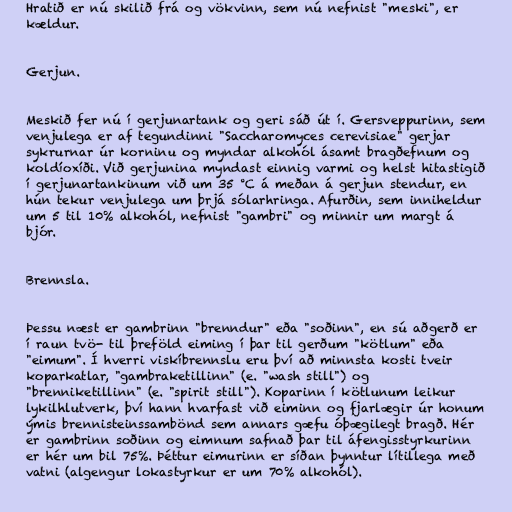
Hratið er nú skilið frá og vökvinn, sem nú nefnist "meski", er
kældur.

Gerjun.

Meskið fer nú í gerjunartank og geri sáð út í. Gersveppurinn, sem
venjulega er af tegundinni "Saccharomyces cerevisiae" gerjar
sykrurnar úr korninu og myndar alkohól ásamt bragðefnum og
koldíoxíði. Við gerjunina myndast einnig varmi og helst hitastigið
í gerjunartankinum við um 35 °C á meðan á gerjun stendur, en
hún tekur venjulega um þrjá sólarhringa. Afurðin, sem inniheldur
um 5 til 10% alkohól, nefnist "gambri" og minnir um margt á
bjór.

Brennsla.

Þessu næst er gambrinn "brenndur" eða "soðinn", en sú aðgerð er
í raun tvö- til þreföld eiming í þar til gerðum "kötlum" eða
"eimum". Í hverri viskíbrennslu eru því að minnsta kosti tveir
koparkatlar, "gambraketillinn" (e. "wash still") og
"brenniketillinn" (e. "spirit still"). Koparinn í kötlunum leikur
lykilhlutverk, því hann hvarfast við eiminn og fjarlægir úr honum
ýmis brennisteinssambönd sem annars gæfu óþægilegt bragð. Hér
er gambrinn soðinn og eimnum safnað þar til áfengisstyrkurinn
er hér um bil 75%. Þéttur eimurinn er síðan þynntur lítillega með
vatni (algengur lokastyrkur er um 70% alkohól).